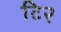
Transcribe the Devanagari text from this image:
टि२